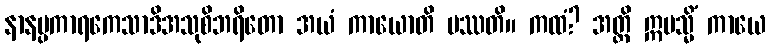
နာနပ္ပကာရကေသာဒိအသုစိဘရိတော အယံ ကာယောတိ ပဿတိ။ ကထံ? အတ္ထိ ဣမသ္မိံ ကာယေ